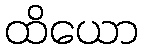
ထိယော